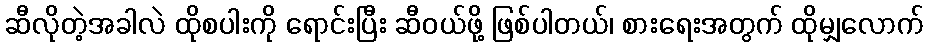
ဆီလိုတဲ့အခါလဲ ထိုစပါးကို ရောင်းပြီး ဆီဝယ်ဖို့ ဖြစ်ပါတယ်၊ စားရေးအတွက် ထိုမျှလောက်